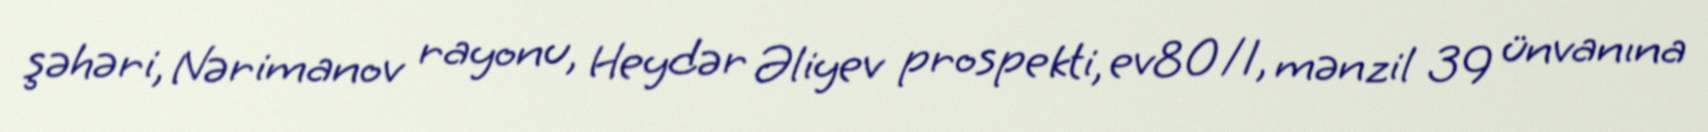
şəhəri, Nərimanov rayonu, Heydər Əliyev prospekti, ev80/1, mənzil 39 ünvanına